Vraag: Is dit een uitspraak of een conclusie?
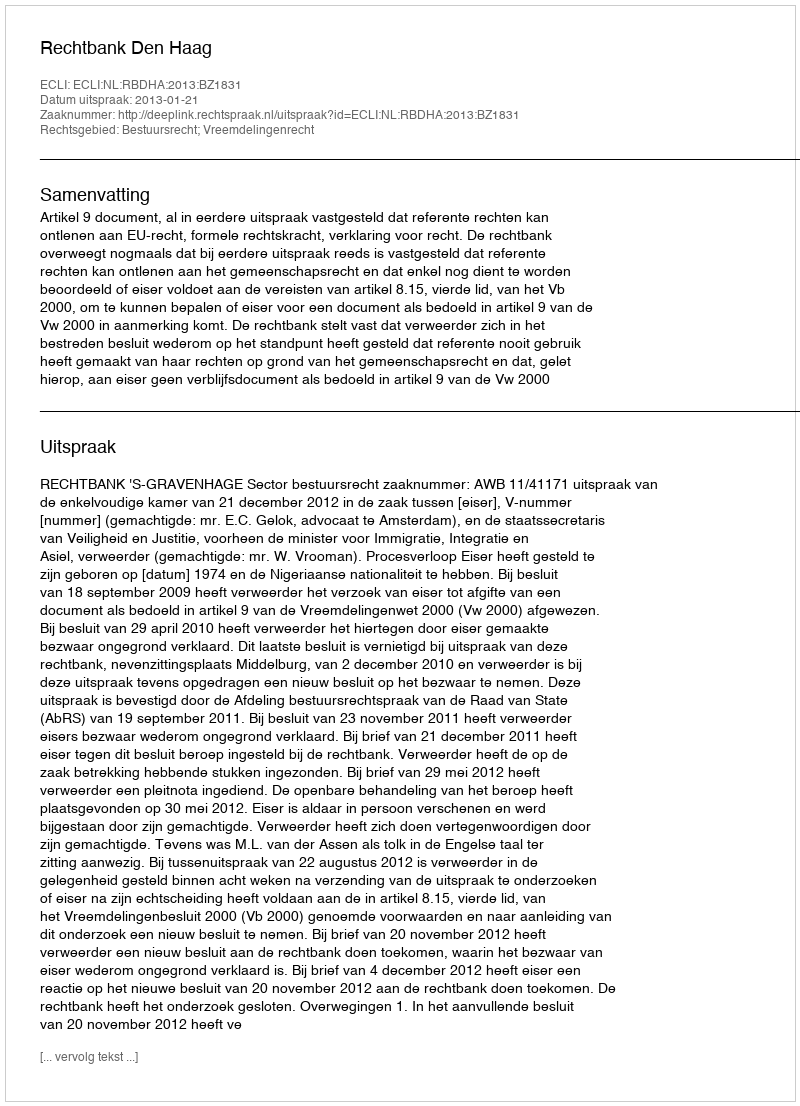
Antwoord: Uitspraak